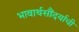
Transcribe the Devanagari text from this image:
भावार्थसौंदर्याची